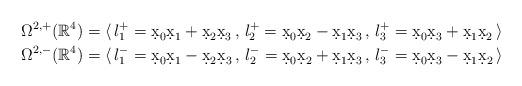
LaTeX: \begin{align*}\Omega^{2,+}(\mathbb{R}^4) & = \langle \, l_1^+=\d x_0\d x_1 + \d x_2\d x_3 \, , \, l_2^+=\d x_0\d x_2 - \d x_1\d x_3 \, , \, l_3^+=\d x_0\d x_3 + \d x_1\d x_2 \, \rangle \\\Omega^{2,-}(\mathbb{R}^4) & = \langle \, l_1^-=\d x_0\d x_1 - \d x_2\d x_3 \, , \, l_2^-=\d x_0\d x_2 + \d x_1\d x_3 \, , \, l_3^-=\d x_0\d x_3 - \d x_1\d x_2 \, \rangle \end{align*}